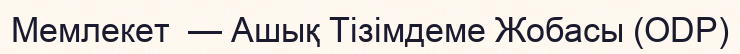
Мемлекет  — Ашық Тізімдеме Жобасы (ODP)